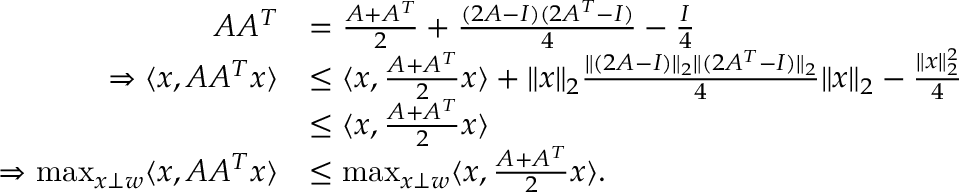
\begin{array} { r l } { A A ^ { T } } & { = \frac { A + A ^ { T } } { 2 } + \frac { ( 2 A - I ) ( 2 A ^ { T } - I ) } { 4 } - \frac { I } { 4 } } \\ { \Rightarrow \langle x , A A ^ { T } x \rangle } & { \leq \langle x , \frac { A + A ^ { T } } { 2 } x \rangle + \| x \| _ { 2 } \frac { \| ( 2 A - I ) \| _ { 2 } \| ( 2 A ^ { T } - I ) \| _ { 2 } } { 4 } \| x \| _ { 2 } - \frac { \| x \| _ { 2 } ^ { 2 } } { 4 } } \\ & { \leq \langle x , \frac { A + A ^ { T } } { 2 } x \rangle } \\ { \Rightarrow \operatorname* { m a x } _ { x \perp w } \langle x , A A ^ { T } x \rangle } & { \leq \operatorname* { m a x } _ { x \perp w } \langle x , \frac { A + A ^ { T } } { 2 } x \rangle . } \end{array}